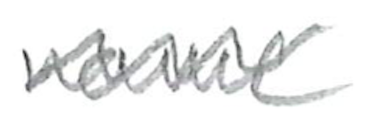
Text: name
Cross-out: wave
Writing tool: pencil